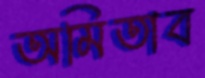
অমিতাব